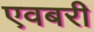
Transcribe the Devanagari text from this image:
एवबरी